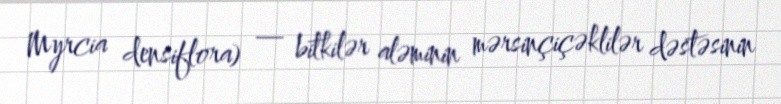
Myrcia densiflora) — bitkilər aləminin mərsinçiçəklilər dəstəsinin